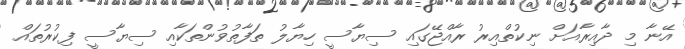
އޭނާ މި ދާއިރާއަށް ނިކުތްއިރު ރާއްޖޭގައި ސިޔާސީ ހިޔާލު ތަފާތުވުންތަކާއި ސިޔާސީ ފިކުރުތައް